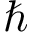
\hbar